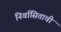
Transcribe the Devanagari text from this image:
निर्वासिताची